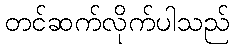
တင်ဆက်လိုက်ပါသည်